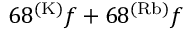
6 8 ^ { ( \mathrm { K ) } } f + 6 8 ^ { ( \mathrm { R b ) } } f